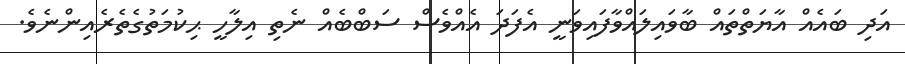
އަދި ބައެއް އާޔަތްތައް ބާވައިލައްވާފައިވަނީ އެފަދަ އެއްވެސް ސަބްބެއް ނެތި އިލާހީ ޙިކުމަތުގެތެރެއިންނެވެ.